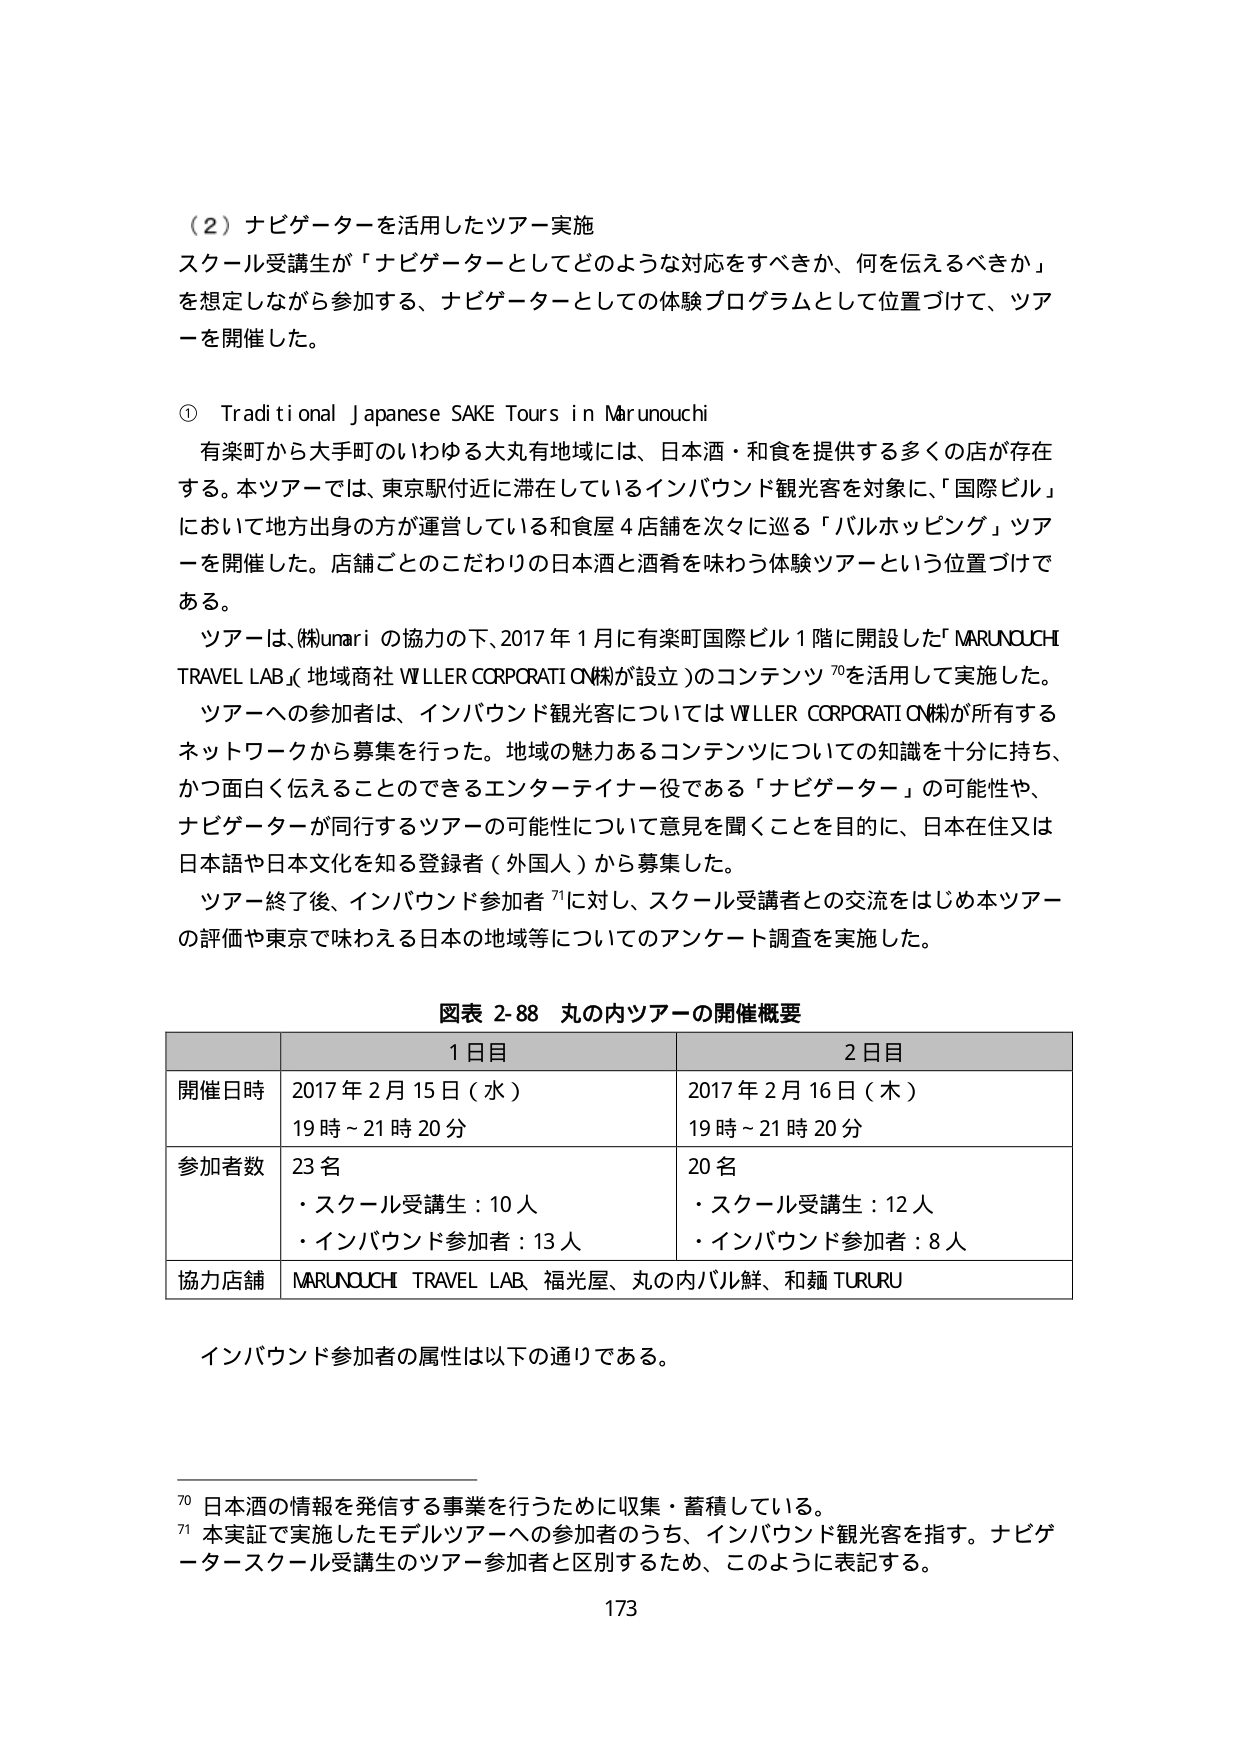
（２）ナビゲーターを活用したツアー実施
スクール受講生が「ナビゲーターとしてどのような対応をすべきか、何を伝えるべきか」
を想定しながら参加する、ナビゲーターとしての体験プログラムとして位置づけて、ツアーを開催した。

① Traditional Japanese SAKE Tours in Marunouchi
有楽町から大手町のいわゆる大丸有地域には、日本酒・和食を提供する多くの店が存在する。本ツアーでは、東京駅付近に滞在しているインバウンド観光客を対象に、「国際ビル」において地方出身の方が運営している和食屋４店舗を次々に巡る「バルホッピング」ツアーを開催した。店舗ごとのこだわりの日本酒と酒肴を味わう体験ツアーという位置づけである。

ツアーは、(株)unari の協力の下、2017年１月に有楽町国際ビル１階に開設した「MARUNOUCHI TRAVEL LAB」（地域商社WLLER CORPORATION(株)が設立）のコンテンツ 70を活用して実施した。

ツアーへの参加者は、インバウンド観光客についてはWLLER CORPORATION(株)が所有するネットワークから募集を行った。地域の魅力あるコンテンツについての知識を十分に持ち、かつ面白く伝えることのできるエンターテイナー役である「ナビゲーター」の可能性や、ナビゲーターが同行するツアーの可能性について意見を聞くことを目的に、日本在住又は日本語や日本文化を知る登録者（外国人）から募集した。

ツアー終了後、インバウンド参加者 71に対し、スクール受講者との交流をはじめ本ツアーの評価や東京で味わえる日本の地域等についてのアンケート調査を実施した。

図表 2-88 丸の内ツアーの開催概要

| | 1日目 | 2日目 |
|---|---|---|
| 開催日時 | 2017年2月15日（水）<br>19時～21時20分 | 2017年2月16日（木）<br>19時～21時20分 |
| 参加者数 | 23名<br>・スクール受講生：10人<br>・インバウンド参加者：13人 | 20名<br>・スクール受講生：12人<br>・インバウンド参加者：8人 |
| 協力店舗 | MARUNOUCHI TRAVEL LAB、福光屋、丸の内バル鮮、和麺 TURURU |

インバウンド参加者の属性は以下の通りである。

70 日本酒の情報を発信する事業を行うために収集・蓄積している。
71 本実証で実施したモデルツアーへの参加者のうち、インバウンド観光客を指す。ナビゲータースクール受講生のツアー参加者と区別するため、このように表記する。

173